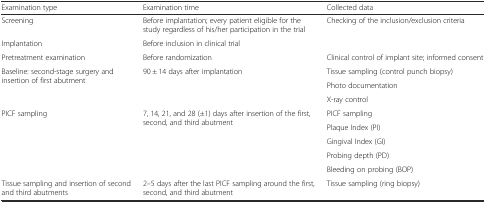
<table><thead><tr><td><b>Examination type</b></td><td><b>Examination time</b></td><td><b>Collected data</b></td></tr></thead><tbody><tr><td>Screening</td><td>Before implantation; every patient eligible for the study regardless of his/her participation in the trial</td><td>Checking of the inclusion/exclusion criteria</td></tr><tr><td>Implantation</td><td>Before inclusion in clinical trial</td><td></td></tr><tr><td>Pretreatment examination</td><td>Before randomization</td><td>Clinical control of implant site; informed consent</td></tr><tr><td rowspan="3">Baseline: second-stage surgery and insertion of first abutment</td><td rowspan="3">90 ± 14 days after implantation</td><td>Tissue sampling (control punch biopsy)</td></tr><tr><td>Photo documentation</td></tr><tr><td>X-ray control</td></tr><tr><td rowspan="5">PICF sampling</td><td rowspan="5">7, 14, 21, and 28 (±1) days after insertion of the first, second, and third abutment</td><td>PICF sampling</td></tr><tr><td>Plaque Index (PI)</td></tr><tr><td>Gingival Index (GI)</td></tr><tr><td>Probing depth (PD)</td></tr><tr><td>Bleeding on probing (BOP)</td></tr><tr><td>Tissue sampling and insertion of second and third abutments</td><td>2–5 days after the last PICF sampling around the first, second, and third abutment</td><td>Tissue sampling (ring biopsy)</td></tr></tbody></table>